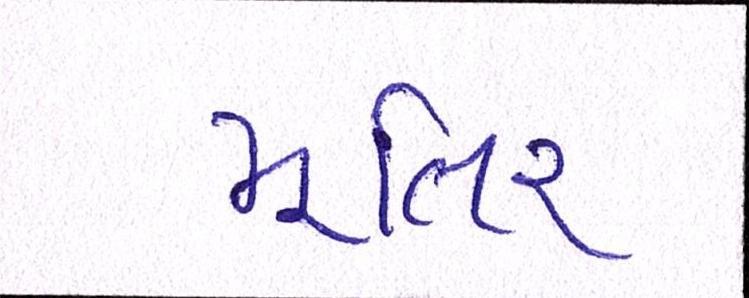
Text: મૂતિર્